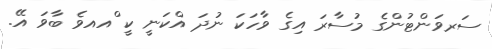
ސަރވަންޓުންގެ މުސާރަ އިގެ ވާހަކަ ނުދަ އްކަނީ ކީ ްއއވެ ބާވަ އޭ.